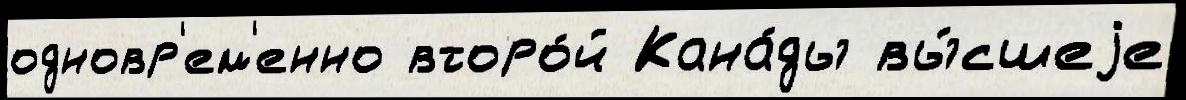
одновр'ем'енно второ́й Кана́ды вы́сшеjе